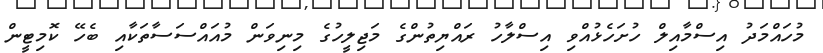
މުހައްމަދު އިސްމާއިލް ހުށަހެޅުއްވި އިސްލާހު ރައްޔިތުންގެ މަޖިލީހުގެ މިނިވަން މުއައްސަސާތަކާއި ބެހޭ ކޮމިޓީން